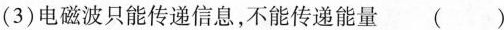
(3)电磁波只能传递信息，不能传递能量()